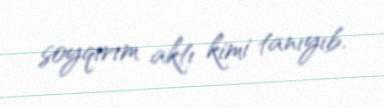
soyqırım aktı kimi tanıyıb.